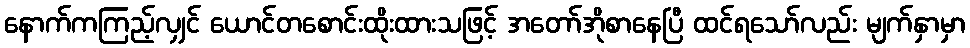
နောက်ကကြည့်လျှင် ယောင်တစောင်းထိုးထားသဖြင့် အတော်အိုစာနေပြီ ထင်ရသော်လည်း မျက်နှာမှာ